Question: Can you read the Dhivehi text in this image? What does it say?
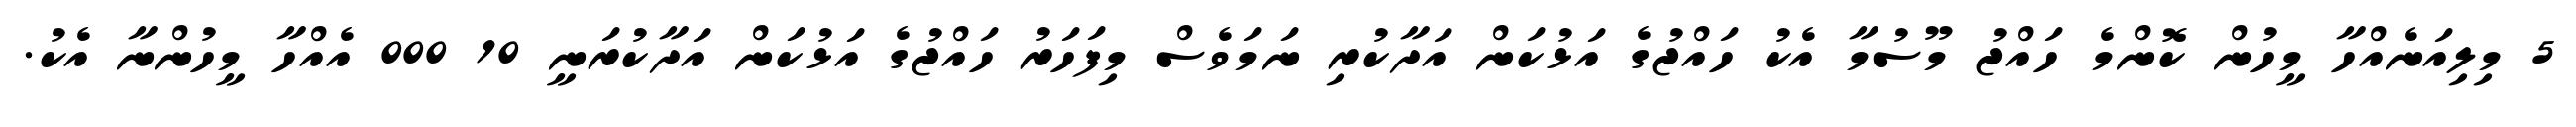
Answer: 5 މިލިއަނެއްހާ މީހުން ކޮންމެ ހައްޖު މޫސުމާ އެކު ހައްޖުގެ އަޅުކަން އަދާކުރި ނަމަވެސް މިފަހަރު ހައްޖުގެ އަޅުކަން އަދާކުރަނީ 10 000 އެއްހާ މީހުންނާ އެކު.